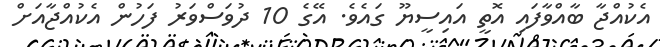
އެކުއްޖާ ބާއްވާފައި އޮތީ އައިސީޔޫ ގައެވެ. އޭގެ 10 ދުވަސްވަރު ފަހުން އެކުއްޖާއަށް